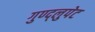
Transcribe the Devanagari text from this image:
गुण्द्लुपेट